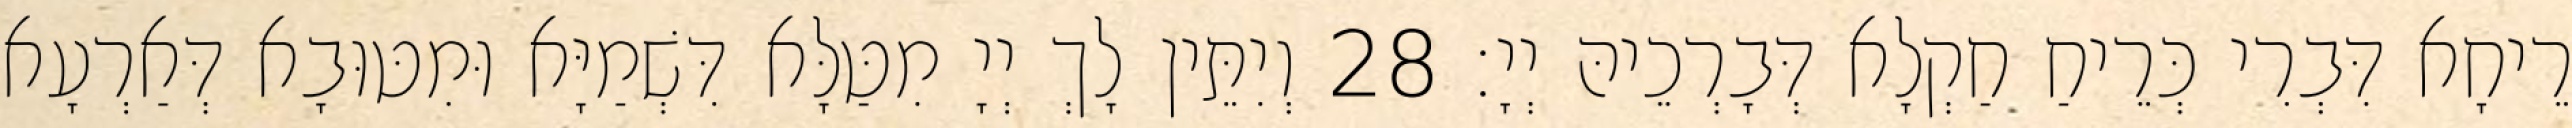
רֵיחָא דִּבְרִי כְּרֵיחַ חַקְלָא דְּבָרְכֵיהּ יְיָ׃ 28 וְיִתֵּין לָךְ יְיָ מִטַּלָּא דִּשְׁמַיָּא וּמִטּוּבָא דְּאַרְעָא